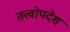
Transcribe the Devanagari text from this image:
तत्त्वोपदेश